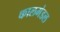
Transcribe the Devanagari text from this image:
कालमंडल